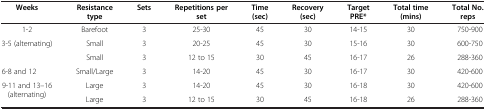
<table><thead><tr><td><b>Weeks</b></td><td><b>Resistance type</b></td><td><b>Sets</b></td><td><b>Repetitions per set</b></td><td><b>Time (sec)</b></td><td><b>Recovery (sec)</b></td><td><b>Target PRE*</b></td><td><b>Total time (mins)</b></td><td><b>Total No. reps</b></td></tr></thead><tbody><tr><td>1-2</td><td>Barefoot</td><td>3</td><td>25-30</td><td>45</td><td>30</td><td>14-15</td><td>30</td><td>750-900</td></tr><tr><td rowspan="2">3-5 (alternating)</td><td>Small</td><td>3</td><td>20-25</td><td>45</td><td>30</td><td>15-16</td><td>30</td><td>600-750</td></tr><tr><td>Small</td><td>3</td><td>12 to 15</td><td>30</td><td>45</td><td>16-17</td><td>26</td><td>288-360</td></tr><tr><td>6-8 and 12</td><td>Small/Large</td><td>3</td><td>14-20</td><td>45</td><td>30</td><td>16-17</td><td>30</td><td>420-600</td></tr><tr><td rowspan="2">9-11 and 13–16 (alternating)</td><td>Large</td><td>3</td><td>14-20</td><td>45</td><td>30</td><td>16-18</td><td>30</td><td>420-600</td></tr><tr><td>Large</td><td>3</td><td>12 to 15</td><td>30</td><td>45</td><td>16-18</td><td>26</td><td>288-360</td></tr></tbody></table>